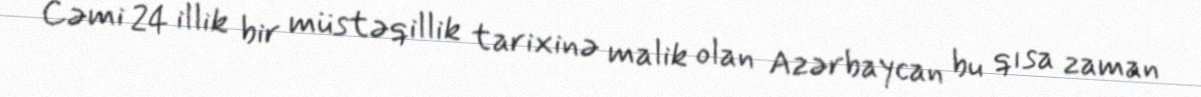
Cəmi 24 illik bir müstəqillik tarixinə malik olan Azərbaycan bu qısa zaman